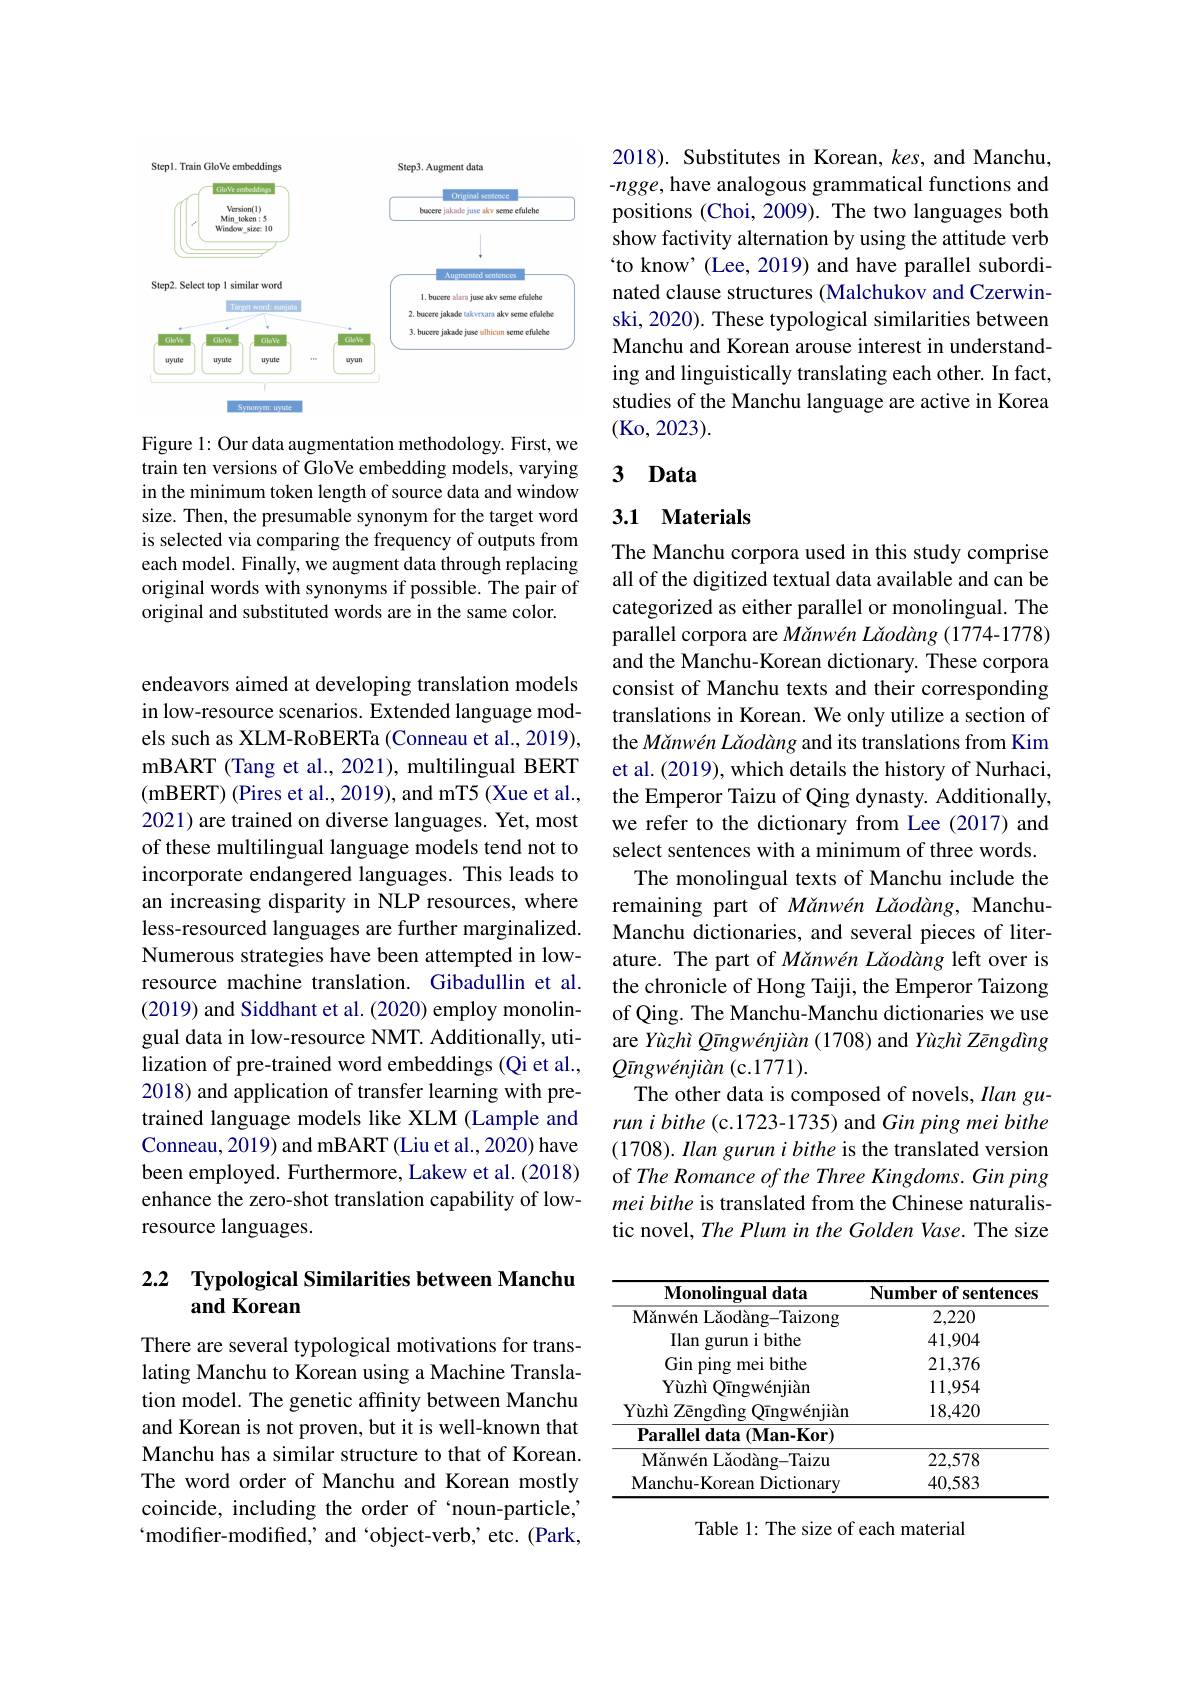
<FigureHere>

Figure 1: Our data augmentation methodology. First, we train ten versions of GloVe embedding models, varying in the minimum token length of source data and window size. Then, the presumable synonym for the target word is selected via comparing the frequency of outputs from each model. Finally, we augment data through replacing original words with synonyms if possible. The pair of original and substituted words are in the same color.

endeavors aimed at developing translation models in low-resource scenarios. Extended language models such as XLM-RoBERTa (Conneau et al., 2019), mBART (Tang et al., 2021), multilingual BERT (mBERT) (Pires et al., 2019), and mT5 (Xue et al., 2021) are trained on diverse languages. Yet, most of these multilingual language models tend not to incorporate endangered languages. This leads to an increasing disparity in NLP resources, where less-resourced languages are further marginalized. Numerous strategies have been attempted in lowresource machine translation. Gibadullin et al. (2019) and Siddhant et al. (2020) employ monolingual data in low-resource NMT. Additionally, utilization of pre-trained word embeddings (Qi et al., 2018) and application of transfer learning with pretrained language models like XLM (Lample and Conneau, 2019) and mBART (Liu et al., 2020) have been employed. Furthermore, Lakew et al. (2018) enhance the zero-shot translation capability of lowresource languages.

## 2.2 $\textbf{Typological Similarities between Manchu}$ and Korean

There are several typological motivations for translating Manchu to Korean using a Machine Translation model. The genetic affinity between Manchu and Korean is not proven, but it is well-known that Manchu has a similar structure to that of Korean. The word order of Manchu and Korean mostly coincide, including the order of ‘noun-particle, ` modifer- modified, and ` object- verb, etc. ( Park,

2018). Substitutes in Korean, kes, and Manchu -ngge, have analogous grammatical functions and positions (Choi, 2009). The two languages both show factivity alternation by using the attitude verb `to know' (Lee, 2019) and have parallel subordinated clause structures (Malchukov and Czerwinski, 2020). These typological similarities between Manchu and Korean arouse interest in understanding and linguistically translating each other. In fact, studies of the Manchu language are active in Korea (Ko, 2023).

# 3 Data

## 3.1 Materials

The Manchu corpora used in this study comprise all of the digitized textual data available and can be categorized as either parallel or monolingual. The parallel corpora are Mănwén Lăodâng (1774-1778) and the Manchu-Korean dictionary. These corpora consist of Manchu texts and their corresponding translations in Korean. We only utilize a section of the Mănwén Lăodâng and its translations from Kim et al. (2019), which details the history of Nurhaci, the Emperor Taizu of Qing dynasty. Additionally, we refer to the dictionary from Lee (2017) and select sentences with a minimum of three words. The monolingual texts of Manchu include the
remaining part of Mănwén Lăodâng, ManchuManchu dictionaries, and several pieces of literature. The part of Mănwén Lăodâng left over is the chronicle of Hong Taiji, the Emperor Taizong of Qing. The Manchu-Manchu dictionaries we use are Yùzhì Qīngwénjiàn (1708) and Yùzhì Zēngdìng $Q\bar{ı}ngwénjiàn($c.1771).
The other data is composed of novels, Ilangurun i bithe (c.1723-1735) and Gin ping mei bithe $( 1708) . \textit{ Ilan gurun i bithe is the translated version}$ of The Romance of the Three Kingdoms. Gin ping mei bithe is translated from the Chinese naturalistic novel, The Plum in the Golden Vase. The size

<table>
	<tbody>
		<tr>
			<th>Monolingual data</th>
			<th>Number of sentences</th>
		</tr>
		<tr>
			<td>${\mathrm{M\u{a}nw\'{e}nL\u{a}od\`{a}ng-Taizong}}$</td>
			<td>2,220</td>
		</tr>
		<tr>
			<td>$Ilan\xi$ gurun i bithe</td>
			<td>41,904</td>
		</tr>
		<tr>
			<td>Gin ping mei bithe</td>
			<td>21,376</td>
		</tr>
		<tr>
			<td>$\mathbf{Yùzhì}$ O$\bar{ı }$ngw$\acute{e}$nji$\grave{a}$n</td>
			<td>11,954</td>
		</tr>
		<tr>
			<td>Yùzhì Zēngdìng O$\bar{ı }$ngw$\acute{e}$nji$\grave{a}$n </td>
			<td>18,420</td>
		</tr>
		<tr>
			<td>$\textbf{Parallel data ( Man- Kor) }$</td>
			<td> </td>
		</tr>
		<tr>
			<td>M$\u {a}$nw$\' {e}$nL$\u {a}$od$\` {a}$ng- Taizu</td>
			<td>22,578</td>
		</tr>
		<tr>
			<td>Manchu-Korean Dictionary</td>
			<td>40,583</td>
		</tr>
	</tbody>
</table>

Table 1: The size of each material